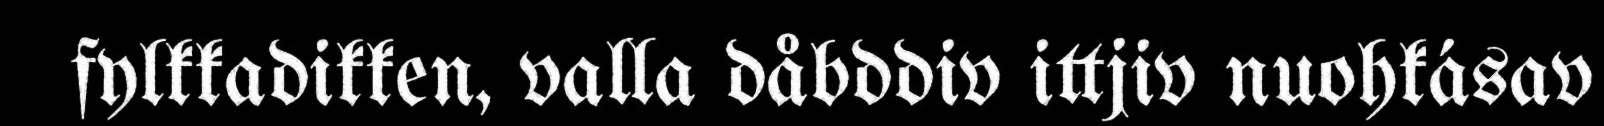
fylkkadikken, valla dåbddiv ittjiv nuohkásav